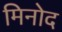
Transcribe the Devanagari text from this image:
मिनोद